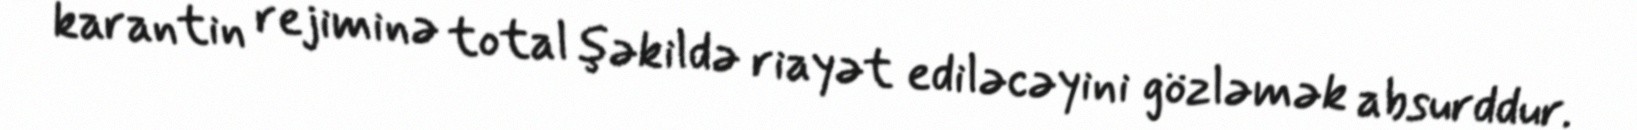
karantin rejiminə total şəkildə riayət ediləcəyini gözləmək absurddur.